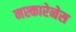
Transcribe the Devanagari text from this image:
मस्कारेनेस